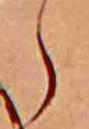
ら